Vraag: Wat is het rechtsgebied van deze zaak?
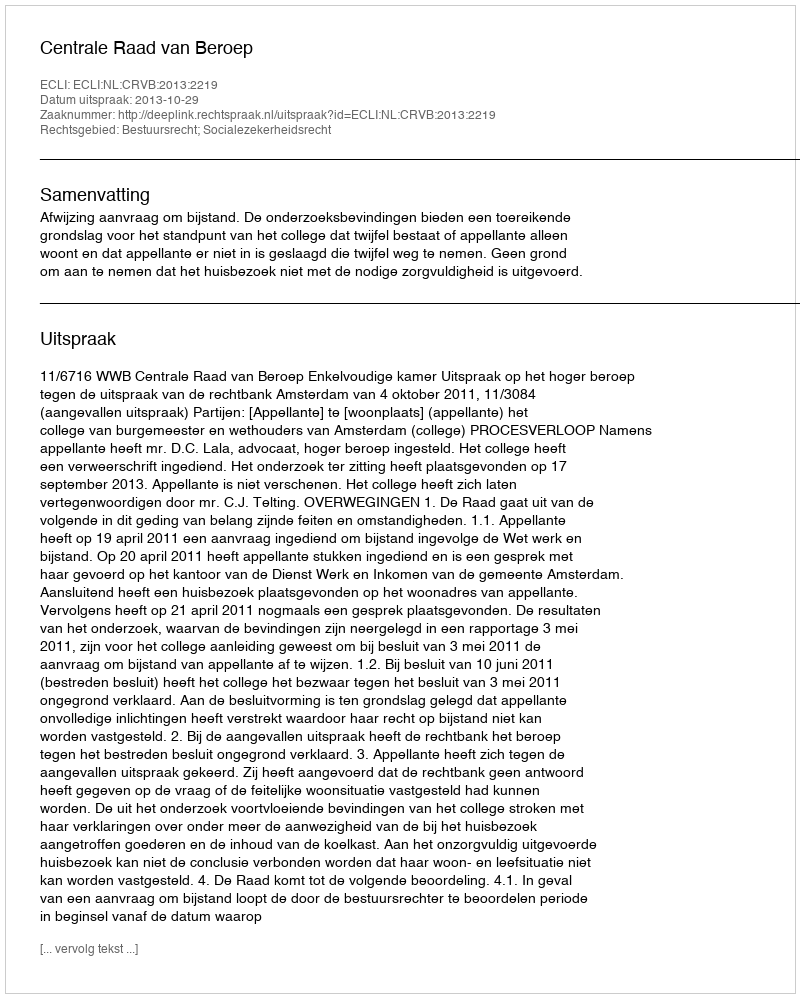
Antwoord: Bestuursrecht; Socialezekerheidsrecht